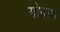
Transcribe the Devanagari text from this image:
गोनाथ